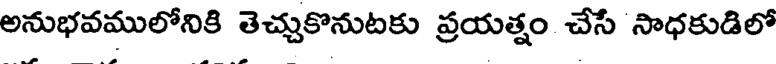
అనుభవములోనికి తెచ్చుకొనుటకు ప్రయత్నం చేసే సాధకుడిలో